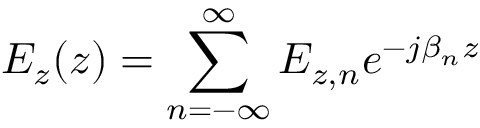
E _ { z } ( z ) = \sum _ { n = - \infty } ^ { \infty } E _ { z , n } e ^ { - j \beta _ { n } z }